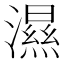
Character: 濕